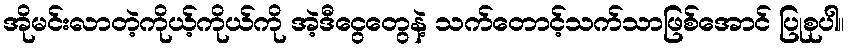
အိုမင်းလာတဲ့ကိုယ့်ကိုယ်ကို အဲ့ဒီငွေတွေနဲ့ သက်တောင့်သက်သာဖြစ်အောင် ပြုစုပါ။